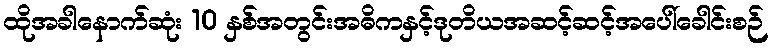
ထိုအခါနောက်ဆုံး 10 နှစ်အတွင်းအဓိကနှင့်ဒုတိယအဆင့်ဆင့်အပေါ်ခေါင်းစဉ်